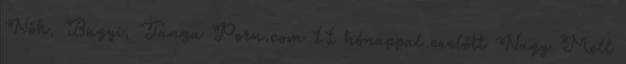
Nők, Bugyi, Tanga Porn.com 11 hónappal ezelőtt Nagy Mell